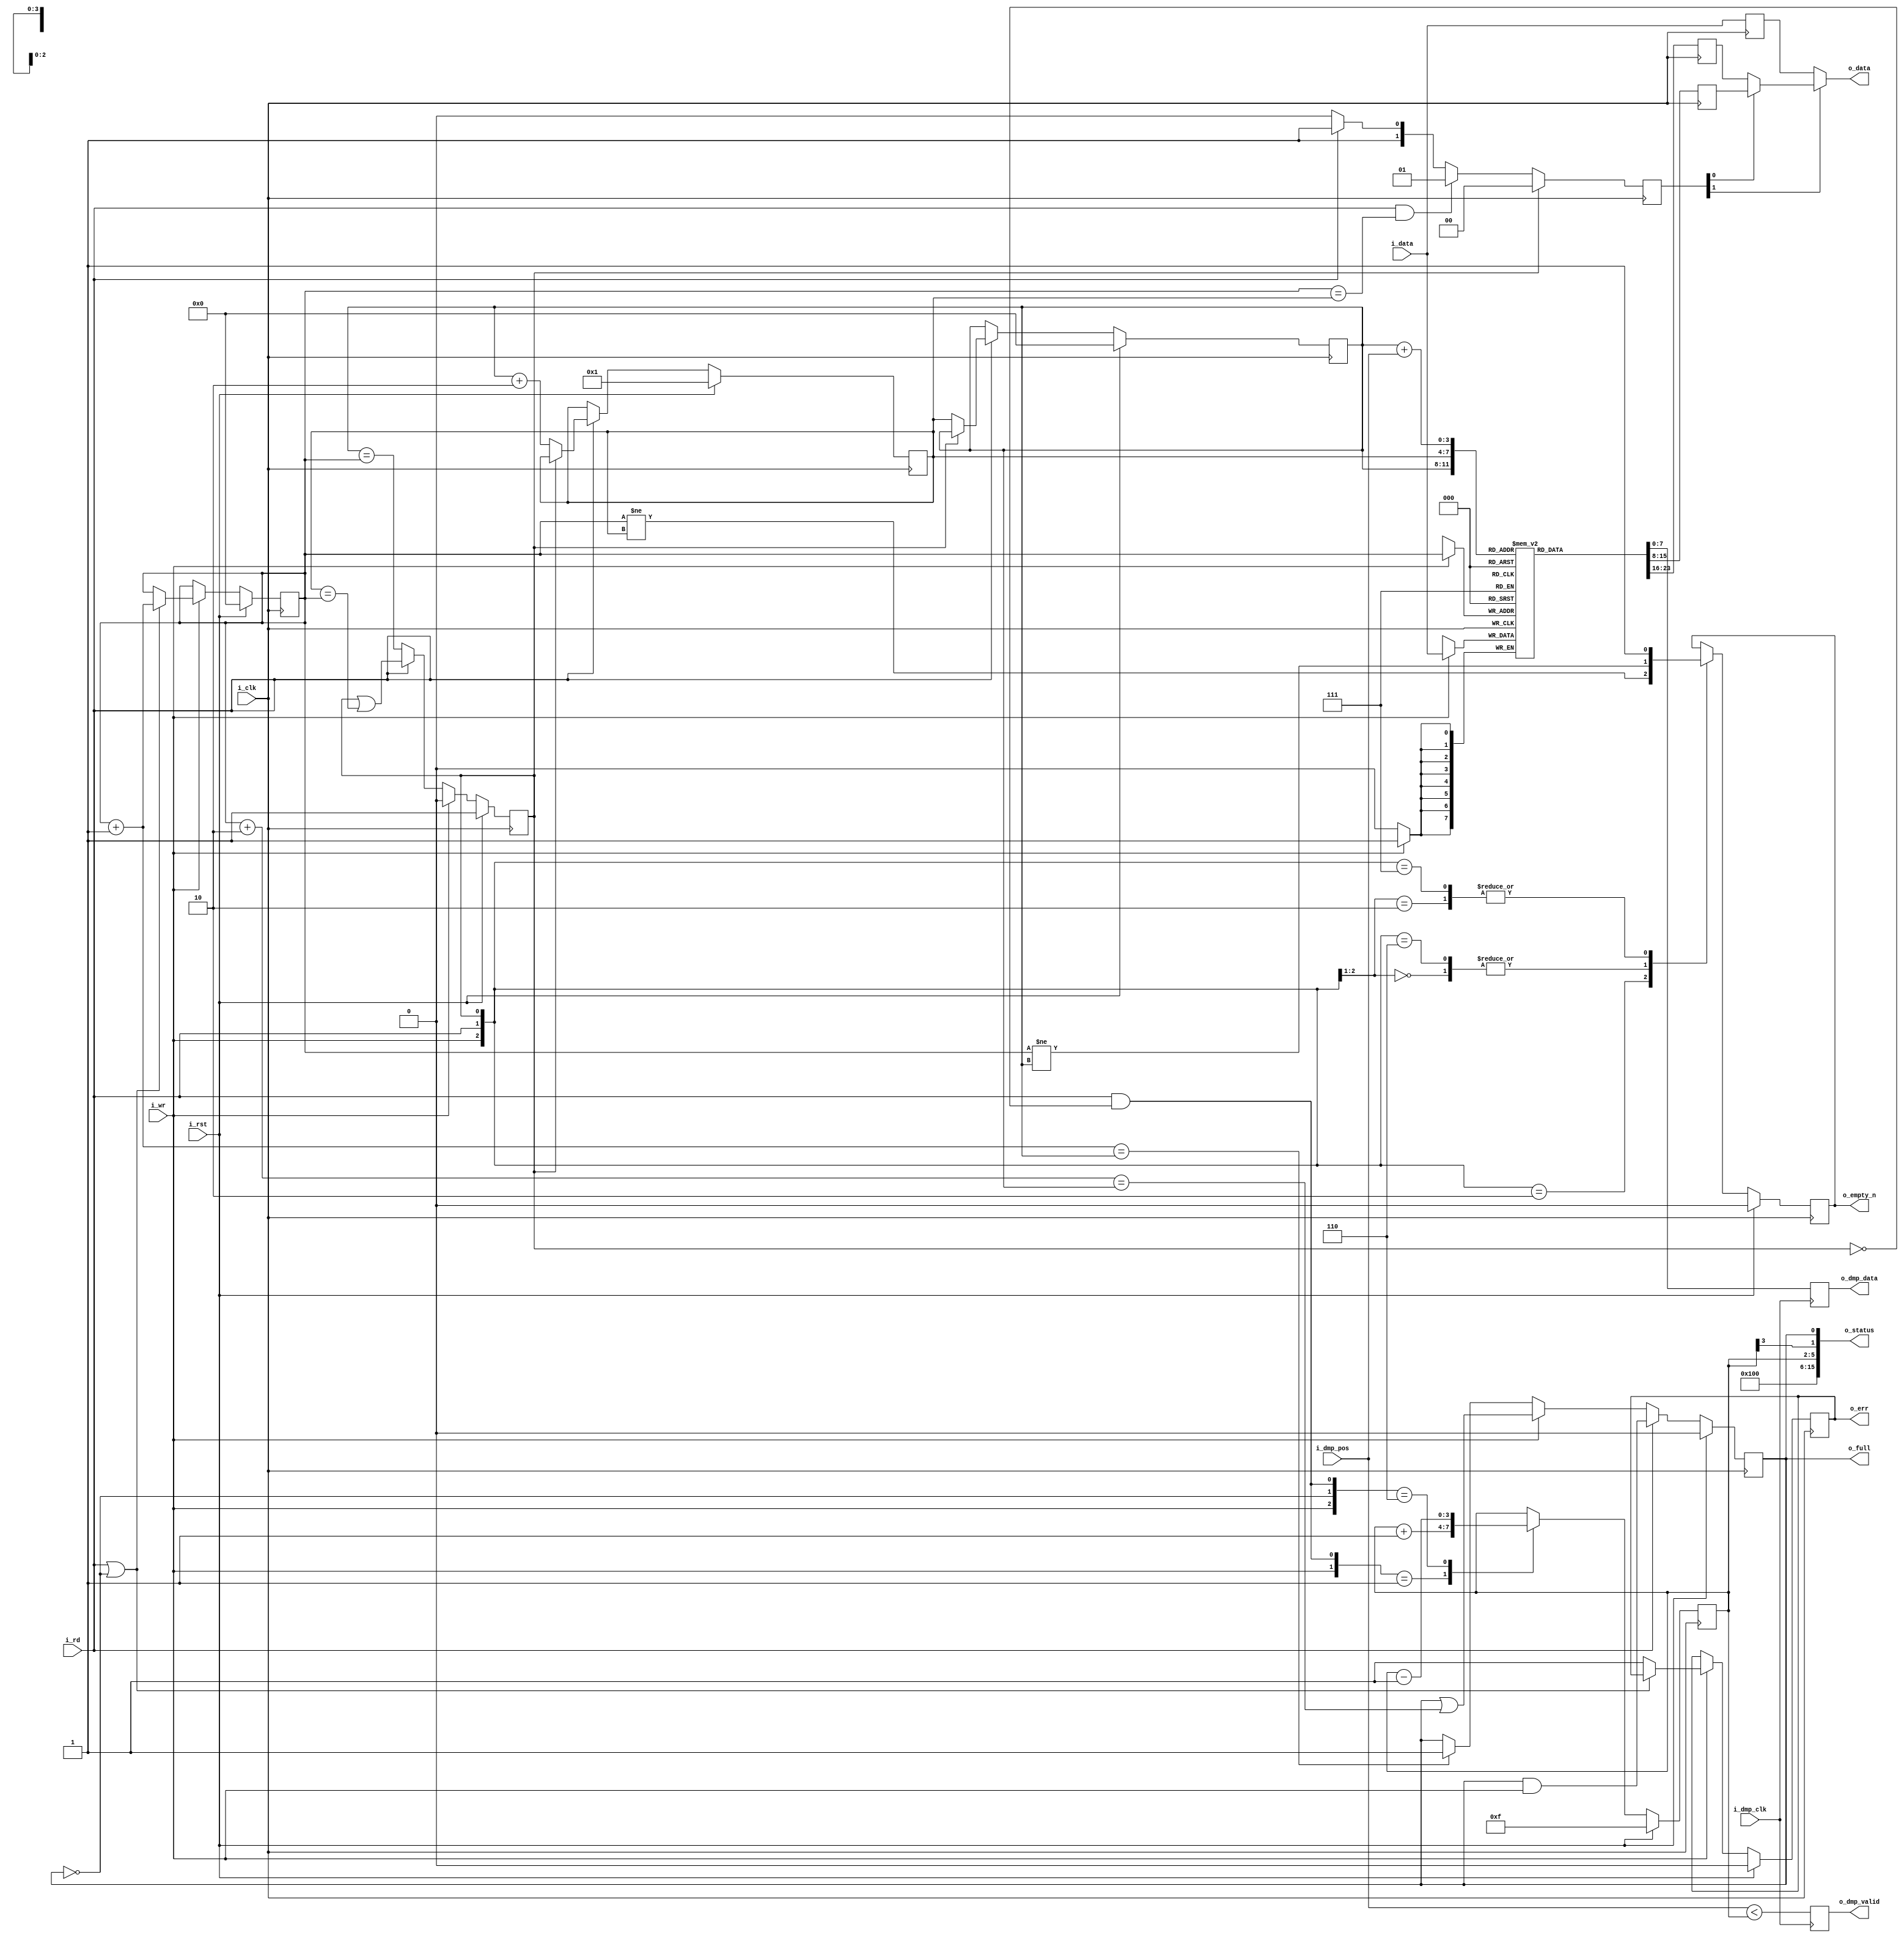
module ufifo(i_clk, i_rst, i_wr, i_data, o_empty_n, o_full, i_rd, o_data, o_status, o_err, i_dmp_clk, i_dmp_pos, o_dmp_data, o_dmp_valid);
	parameter	BW=8;	// Byte/data width
	parameter [3:0]	LGFLEN=4;
	parameter 	RXFIFO=1'b0;
	input	wire		i_clk, i_rst;
	input	wire		i_wr;
	input	wire [(BW-1):0]	i_data;
	output	wire		o_empty_n;	// True if something is in FIFO
	output	wire		o_full;	   // True if FIFO is full
	input	wire		i_rd;
	output	wire [(BW-1):0]	o_data;
	output	wire	[15:0]	o_status;
	output	wire		o_err;

   input  wire                i_dmp_clk; // clk we use to dump
   input  wire [(LGFLEN-1):0] i_dmp_pos; // dump position in queue
   output reg  [(BW-1):0] o_dmp_data;    // value at dump position
   output reg             o_dmp_valid;   // out-of-bound

	localparam	FLEN=(1<<LGFLEN);

	reg	[(BW-1):0]	fifo[0:(FLEN-1)];

	reg	[(LGFLEN-1):0]	r_first, r_last, r_next;

	wire	[(LGFLEN-1):0]	w_first_plus_one, w_first_plus_two,
				w_last_plus_one;
	assign	w_first_plus_two = r_first + {{(LGFLEN-2){1'b0}},2'b10};
	assign	w_first_plus_one = r_first + {{(LGFLEN-1){1'b0}},1'b1};
	assign	w_last_plus_one  = r_next; // r_last  + 1'b1;

	reg	will_overflow;
	initial	will_overflow = 1'b0;
	always @(posedge i_clk)
		if (i_rst)
			will_overflow <= 1'b0;
		else if (i_rd)
			will_overflow <= (will_overflow)&&(i_wr);
		else if (i_wr)
			will_overflow <= (will_overflow)||(w_first_plus_two == r_last);
		else if (w_first_plus_one == r_last)
			will_overflow <= 1'b1;

	// Write
	reg	r_ovfl;
	initial	r_first = 0;
	initial	r_ovfl  = 0;
	always @(posedge i_clk)
		if (i_rst)
		begin
			r_ovfl <= 1'b0;
			r_first <= { (LGFLEN){1'b0} };
		end else if (i_wr)
		begin // Cowardly refuse to overflow
			if ((i_rd)||(!will_overflow)) // (r_first+1 != r_last)
				r_first <= w_first_plus_one;
			else
				r_ovfl <= 1'b1;
		end
	always @(posedge i_clk)
		if (i_wr) // Write our new value regardless--on overflow or not
			fifo[r_first] <= i_data;

	always @(posedge i_dmp_clk)
		o_dmp_valid <= ( i_dmp_pos < r_fill ); //! only works if RXFIFO=1

	// Reads
	//	Following a read, the next sample will be available on the
	//	next clock
	//	Clock	ReadCMD	ReadAddr	Output
	//	0	0	0		fifo[0]
	//	1	1	0		fifo[0]
	//	2	0	1		fifo[1]
	//	3	0	1		fifo[1]
	//	4	1	1		fifo[1]
	//	5	1	2		fifo[2]
	//	6	0	3		fifo[3]
	//	7	0	3		fifo[3]
	reg	will_underflow;
	initial	will_underflow = 1'b1;
	always @(posedge i_clk)
		if (i_rst)
			will_underflow <= 1'b1;
		else if (i_wr)
			will_underflow <= 1'b0;
		else if (i_rd)
			will_underflow <= (will_underflow)||(w_last_plus_one == r_first);
		else
			will_underflow <= (r_last == r_first);

	//
	// Don't report FIFO underflow errors.  These'll be caught elsewhere
	// in the system, and the logic below makes it hard to reset them.
	// We'll still report FIFO overflow, however.
	//
	// reg		r_unfl;
	// initial	r_unfl = 1'b0;
	initial	r_last = 0;
	initial	r_next = { {(LGFLEN-1){1'b0}}, 1'b1 };
	always @(posedge i_clk)
		if (i_rst)
		begin
			r_last <= 0;
			r_next <= { {(LGFLEN-1){1'b0}}, 1'b1 };
			// r_unfl <= 1'b0;
		end else if (i_rd)
		begin
			if (!will_underflow) // (r_first != r_last)
			begin
				r_last <= r_next;
				r_next <= r_last +{{(LGFLEN-2){1'b0}},2'b10};
				// Last chases first
				// Need to be prepared for a possible two
				// reads in quick succession
				// o_data <= fifo[r_last+1];
			end
			// else r_unfl <= 1'b1;
		end

	reg	[(BW-1):0]	fifo_here, fifo_next, r_data;
	always @(posedge i_clk)
		fifo_here <= fifo[r_last];
	always @(posedge i_clk)
		fifo_next <= fifo[r_next];
	always @(posedge i_clk)
		r_data <= i_data;

	// dump value at position pos
	always @(posedge i_dmp_clk)
		o_dmp_data <= fifo[r_last + i_dmp_pos];

	reg	[1:0]	osrc;
	always @(posedge i_clk)
		if (will_underflow)
			// o_data <= i_data;
			osrc <= 2'b00;
		else if ((i_rd)&&(r_first == w_last_plus_one))
			osrc <= 2'b01;
		else if (i_rd)
			osrc <= 2'b11;
		else
			osrc <= 2'b10;
	assign o_data = (osrc[1]) ? ((osrc[0])?fifo_next:fifo_here) : r_data;

	// wire	[(LGFLEN-1):0]	current_fill;
	// assign	current_fill = (r_first-r_last);

	reg	r_empty_n;
	initial	r_empty_n = 1'b0;
	always @(posedge i_clk)
		if (i_rst)
			r_empty_n <= 1'b0;
		else casez({i_wr, i_rd, will_underflow})
			3'b00?: r_empty_n <= (r_first != r_last);
			3'b010: r_empty_n <= (r_first != w_last_plus_one);
			3'b10?: r_empty_n <= 1'b1;
			3'b110: r_empty_n <= (r_first != r_last);
			3'b111: r_empty_n <= 1'b1;
			default: begin end
		endcase

	assign	o_full = will_overflow;

	//
	// If this is a receive FIFO, the FIFO count that matters is the number
	// of values yet to be read.  If instead this is a transmit FIFO, then 
	// the FIFO count that matters is the number of empty positions that
	// can still be filled before the FIFO is full.
	//
	// Adjust for these differences here.
	reg	[(LGFLEN-1):0]	r_fill;
	generate
	if (RXFIFO != 0)
		initial	r_fill = 0;
	else
		initial	r_fill = -1;
	endgenerate

	always @(posedge i_clk)
		if (RXFIFO!=0) begin
			// Calculate the number of elements in our FIFO
			//
			// Although used for receive, this is actually the more
			// generic answer--should you wish to use the FIFO in
			// another context.
			if (i_rst)
				r_fill <= 0;
			else casez({(i_wr), (!will_overflow), (i_rd)&&(!will_underflow)})
			3'b0?1:   r_fill <= r_first - r_next;
			3'b110:   r_fill <= r_first - r_last + 1'b1;
			3'b1?1:   r_fill <= r_first - r_last;
			default: r_fill <= r_first - r_last;
			endcase
		end else begin
			// Calculate the number of elements that are empty and
			// can be filled within our FIFO.  Hence, this is really
			// not the fill, but (SIZE-1)-fill.
			if (i_rst)
				r_fill <= { (LGFLEN){1'b1} };
			else casez({i_wr, (!will_overflow), (i_rd)&&(!will_underflow)})
			3'b0?1:   r_fill <= r_fill + 1'b1;
			3'b110:   r_fill <= r_fill - 1'b1;
			default: r_fill  <= r_fill;
			endcase
		end

	// We don't report underflow errors.  These
	assign o_err = (r_ovfl); //  || (r_unfl);

	wire	[3:0]	lglen;
	assign lglen = LGFLEN;

	wire	w_half_full;
	wire	[9:0]	w_fill;
	assign	w_fill[(LGFLEN-1):0] = r_fill;
	generate if (LGFLEN < 10)
		assign w_fill[9:(LGFLEN)] = 0;
	endgenerate

	assign	w_half_full = r_fill[(LGFLEN-1)];

	assign	o_status = {
		// Our status includes a 4'bit nibble telling anyone reading
		// this the size of our FIFO.  The size is then given by
		// 2^(this value).  Hence a 4'h4 in this position means that the
		// FIFO has 2^4 or 16 values within it.
		lglen,
		// The FIFO fill--for a receive FIFO the number of elements
		// left to be read, and for a transmit FIFO the number of
		// empty elements within the FIFO that can yet be filled.
		w_fill,
		// A '1' here means a half FIFO length can be read (receive
		// FIFO) or written to (not a receive FIFO).
		// receive FIFO), or be written to (if it isn't).
		(RXFIFO!=0)?w_half_full:w_half_full,
		// A '1' here means the FIFO can be read from (if it is a
		// receive FIFO), or be written to (if it isn't).
		(RXFIFO!=0)?r_empty_n:o_full
	};

	assign	o_empty_n = r_empty_n;

//
//
//
// FORMAL METHODS
//
//
//
`ifdef	FORMAL

`ifdef	UFIFO
`define	ASSUME	assume
`else
`define	ASSUME	assert
`endif

//
// Assumptions about our input(s)
//
//
	reg	f_past_valid, f_last_clk;

	initial restrict(i_rst);

	always @($global_clock)
	begin
		restrict(i_clk == !f_last_clk);
		f_last_clk <= i_clk;
		if (!$rose(i_clk))
		begin
			`ASSUME($stable(i_rst));
			`ASSUME($stable(i_wr));
			`ASSUME($stable(i_data));
			`ASSUME($stable(i_rd));
		end
	end

	//
	// Underflows are a very real possibility, should the user wish to
	// read from this FIFO while it is empty.  Our parent module will need
	// to deal with this.
	//
	// always @(posedge i_clk)
	//	`ASSUME((!will_underflow)||(!i_rd)||(i_rst));
//
// Assertions about our outputs
//
//

	initial	f_past_valid = 1'b0;
	always @(posedge i_clk)
		f_past_valid <= 1'b1;

	wire	[(LGFLEN-1):0]	f_fill, f_next, f_empty;
	assign	f_fill = r_first - r_last;
	assign	f_empty = {(LGFLEN){1'b1}} -f_fill;
	assign	f_next = r_last + 1'b1;
	always @(posedge i_clk)
	begin
		if (RXFIFO)
			assert(f_fill == r_fill);
		else
			assert(f_empty== r_fill);
		if (f_fill == 0)
		begin
			assert(will_underflow);
			assert(!o_empty_n);
		end else begin
			assert(!will_underflow);
			assert(o_empty_n);
		end

		if (f_fill == {(LGFLEN){1'b1}})
			assert(will_overflow);
		else
			assert(!will_overflow);

		assert(r_next == f_next);
	end

	always @(posedge i_clk)
	if (f_past_valid)
	begin
		if ($past(i_rst))
			assert(!o_err);
		else begin
			// No underflow detection in this core
			//
			// if (($past(i_rd))&&($past(r_fill == 0)))
			//	assert(o_err);
			//
			// We do, though, have overflow detection
			if (($past(i_wr))&&(!$past(i_rd))
					&&($past(will_overflow)))
				assert(o_err);
		end
	end

`endif
endmodule